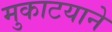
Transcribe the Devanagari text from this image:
मुकाटयाने